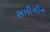
સમીચીન